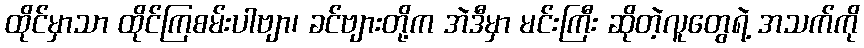
ထိုင်မှာသာ ထိုင်ကြစမ်းပါဗျာ၊ ခင်ဗျားတို့က အဲဒီမှာ မင်းကြီး ဆိုတဲ့လူတွေရဲ့ အသက်ကို